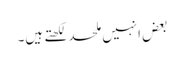
بعض انہیں ملحد لکھتے ہیں۔